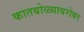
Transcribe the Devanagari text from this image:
कातबोळ्याबरोबर